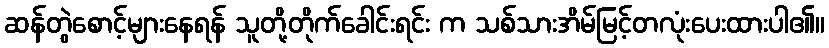
ဆန်တွဲစောင့်များနေရန် သူတို့တိုက်ခေါင်းရင်း က သစ်သားအိမ်မြင့်တလုံးပေးထားပါ၏။